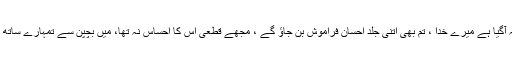
کیا زمانہ آگیا ہے میرے خدا ، تم بھی اتنی جلد احسان فراموش بن جاؤ گے ، مجھے قطعی اس کا احساس نہ تھا، میں بچپن سے تمہارے ساتھ رہا ہوں ۔